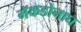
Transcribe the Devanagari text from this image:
मॅकडोनाघ